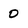
Character: 0